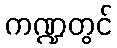
ကဏ္ဍတွင်